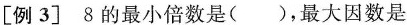
[例3]8的最小倍数是()，最大因数是